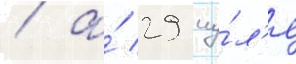
/ а́ 29 иу́л'я